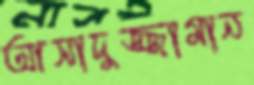
আসাদুজ্জামান